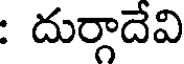
: దుర్గాదేవి